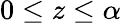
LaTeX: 0\leq z\leq\alpha